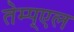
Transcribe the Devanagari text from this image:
तेम्प्एल